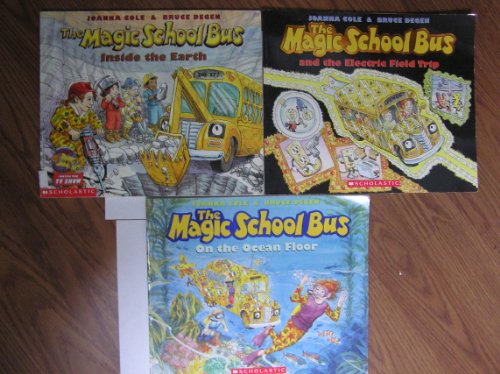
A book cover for Magic School Bus, Inside the Earth, the Electric Field Trip and On the Ocean Floor-Set of 3 Books (Scholastic); Joanna Cole and Bruce Degen; Science & Math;